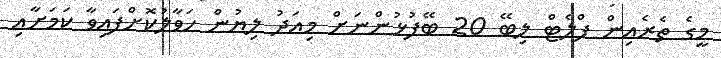
މީގެ ތެރެއިން ފްލެޓް ލިބޭ 20 ބޭފުޅުންނަށް މިއަދު ލިޔުން ހަވާލުކޮށްފައިވާ ކަމަށާއި